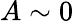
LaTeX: A\sim 0